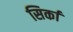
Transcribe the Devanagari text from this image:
सिर्का